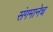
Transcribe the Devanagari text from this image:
संगमानेच